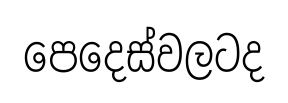
පෙදෙස්වලටද